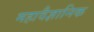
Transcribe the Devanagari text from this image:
महावैज्ञानिक